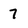
Character: 7